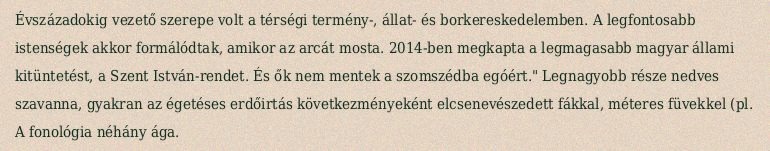
Évszázadokig vezető szerepe volt a térségi termény-, állat- és borkereskedelemben. A legfontosabb istenségek akkor formálódtak, amikor az arcát mosta. 2014-ben megkapta a legmagasabb magyar állami kitüntetést, a Szent István-rendet. És ők nem mentek a szomszédba egóért." Legnagyobb része nedves szavanna, gyakran az égetéses erdőirtás következményeként elcsenevészedett fákkal, méteres füvekkel (pl. A fonológia néhány ága.